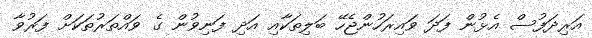
އަރިދަފުސް އެޅުން ފަދަ ވައިރަހުންޖެހޭ ބަލިތަކާއި އަދި ފަނިވުން ގެ ވައްތަރުތަކަށް ފަރުވާ